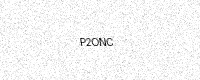
Text: P2ONC